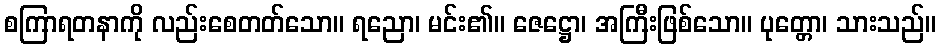
စကြာရတနာကို လည်းစေတတ်သော။ ရညော၊ မင်း၏။ ဇေဋ္ဌော၊ အကြီးဖြစ်သော။ ပုတ္တော၊ သားသည်။